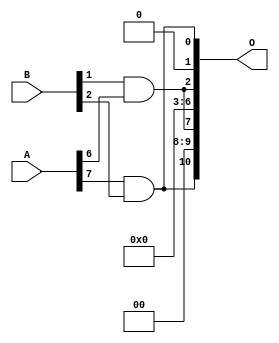
/***
* This code is a part of EvoApproxLib library (ehw.fit.vutbr.cz/approxlib) distributed under The MIT License.
* When used, please cite the following article(s): V. Mrazek, L. Sekanina, Z. Vasicek "Libraries of Approximate Circuits: Automated Design and Application in CNN Accelerators" IEEE Journal on Emerging and Selected Topics in Circuits and Systems, Vol 10, No 4, 2020 
* This file contains a circuit from a sub-set of pareto optimal circuits with respect to the pwr and wce parameters
***/
// MAE% = 10.29 %
// MAE = 211 
// WCE% = 36.96 %
// WCE = 757 
// WCRE% = 100.20 %
// EP% = 87.06 %
// MRE% = 70.10 %
// MSE = 76819 
// PDK45_PWR = 0.0006 mW
// PDK45_AREA = 4.7 um2
// PDK45_DELAY = 0.04 ns

module mul8x3u_09U (
    A,
    B,
    O
);

input [7:0] A;
input [2:0] B;
output [10:0] O;

wire sig_39,sig_48;

assign sig_39 = B[1] & A[6];
assign sig_48 = A[7] & B[2];

assign O[10] = sig_48;
assign O[9] = 1'b0;
assign O[8] = 1'b0;
assign O[7] = sig_39;
assign O[6] = 1'b0;
assign O[5] = 1'b0;
assign O[4] = 1'b0;
assign O[3] = 1'b0;
assign O[2] = sig_39;
assign O[1] = 1'b0;
assign O[0] = sig_48;

endmodule